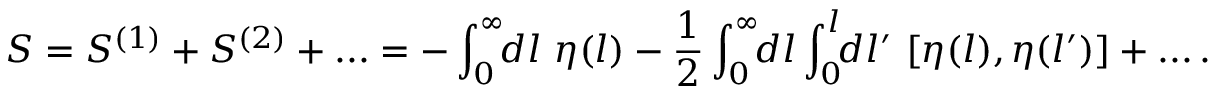
S = S ^ { ( 1 ) } + S ^ { ( 2 ) } + . . . = - \int _ { 0 } ^ { \infty } \! \! d l \ \eta ( l ) - \frac { 1 } { 2 } \int _ { 0 } ^ { \infty } \! \! d l \int _ { 0 } ^ { l } \! \! d l ^ { \prime } \ [ \eta ( l ) , \eta ( l ^ { \prime } ) ] + . . . \, .